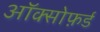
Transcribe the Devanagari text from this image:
ऑक्सोफ़र्ड